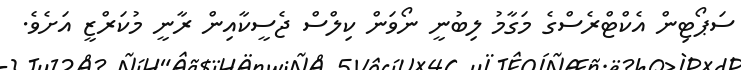
ސަޕޯޓިން އެކްޓްރެސްގެ މަގާމު ލިބުނީ ނޯވަން ކިލްސް ޖެސީކާއިން ރާނީ މުކަރްޒީ އަށެވެ.